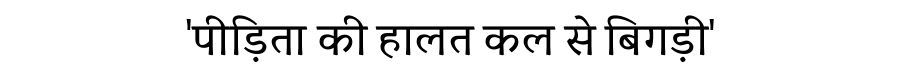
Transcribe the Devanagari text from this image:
'पीड़िता की हालत कल से बिगड़ी'